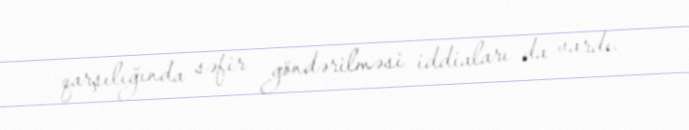
qarşılığında səfir göndərilməsi iddiaları da vardı.